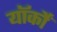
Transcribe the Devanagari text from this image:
यॉर्कों